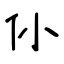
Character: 仦